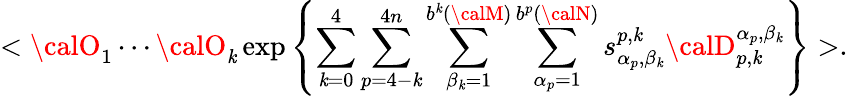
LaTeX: <{\calO}_{1}\cdots{\calO}_{\mathit{k}}\, \mathrm{{exp}}\left\{ \sum_{\mathit{k}=0}^{4}\sum_{p=4-\mathit{k}}^{4n}\sum_{\beta_{\mathit{k}}=1}^{b^{\mathit{k}}({\calM})}\sum_{\alpha_{p}=1}^{b^{p}({\calN})}s_{\alpha_{p},\beta_{\mathit{k}}}^{p,\mathit{k}}{\calD}_{p,\mathit{k}}^{\alpha_{p},\beta_{\mathit{k}}}\right\} >.